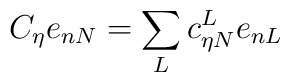
C_{\eta}e_{nN}=\sum_{L}c_{\eta N}^{L}e_{nL}